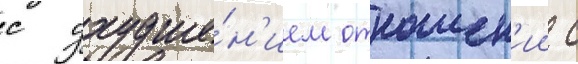
с ухудше́н'ием отношен'ии с